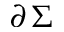
\partial \, \Sigma